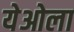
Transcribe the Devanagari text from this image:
येओला